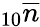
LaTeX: _{10}\overline{{n}}